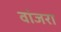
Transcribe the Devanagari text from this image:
वांजरा